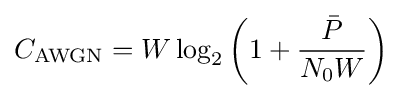
C_{\text{AWGN}}=W\log _{2}\left(1+{\frac {\bar {P}}{N_{0}W}}\right)